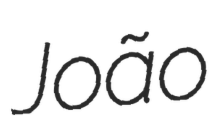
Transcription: João